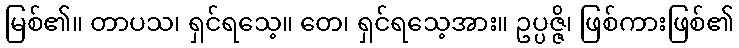
မြစ်၏။ တာပသ၊ ရှင်ရသေ့။ တေ၊ ရှင်ရသေ့အား။ ဥပ္ပဇ္ဇိ၊ ဖြစ်ကားဖြစ်၏